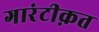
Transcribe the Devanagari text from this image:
गारंटीक़त